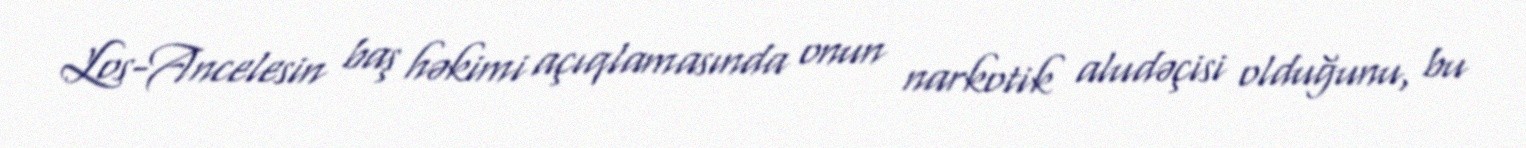
Los-Ancelesin baş həkimi açıqlamasında onun narkotik aludəçisi olduğunu, bu